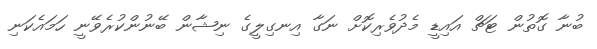
ބުނާ ގޮތުން ޓަޗް އައިޑީ މެދުވެރިކޮށް ނަގާ އިނގިލީގެ ނިޝާން ބޭނުންކުރެވޭނީ ހަމައެކަނި